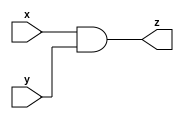
module andg(
  input x, y,
  output z);
  and(z,x,y);
endmodule